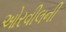
ઓરવીલની